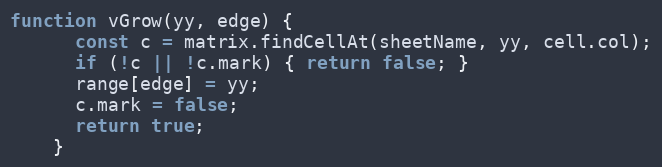
Language: JavaScript
function vGrow(yy, edge) {
      const c = matrix.findCellAt(sheetName, yy, cell.col);
      if (!c || !c.mark) { return false; }
      range[edge] = yy;
      c.mark = false;
      return true;
    }